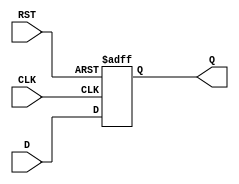
module flip_flop_register #(
    parameter N = 8   // Parameter to define the width of the register
) (
    input wire [N-1:0] D,  // Data input
    input wire CLK,        // Clock input
    input wire RST,        // Asynchronous reset input
    output reg [N-1:0] Q   // Data output
);

    // Always block for the flip-flop register
    always @(posedge CLK or posedge RST) begin
        if (RST) begin
            Q <= {N{1'b0}};  // Reset all bits to 0
        end else begin
            Q <= D;          // Capture the input data on clock edge
        end
    end

endmodule